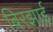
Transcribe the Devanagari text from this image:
बिरझाई